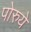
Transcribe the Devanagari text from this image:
पोरुये